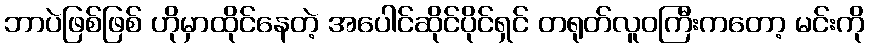
ဘာပဲဖြစ်ဖြစ် ဟိုမှာထိုင်နေတဲ့ အပေါင်ဆိုင်ပိုင်ရှင် တရုတ်လူဝကြီးကတော့ မင်းကို